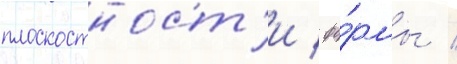
плоскостност'и / фо́рмы /